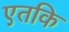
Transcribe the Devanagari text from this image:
एतकि